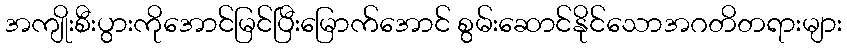
အကျိုးစီးပွားကိုအောင်မြင်ပြီးမြောက်အောင် စွမ်းဆောင်နိုင်သောအဂတိတရားများ